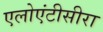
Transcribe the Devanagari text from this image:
एलोएंटीसीरा